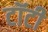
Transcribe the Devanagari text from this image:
टॉटी